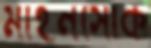
মাইনসোক